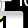
Digit: 1